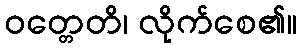
ဝတ္တေတိ၊ လိုက်စေ၏။